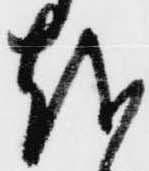
越